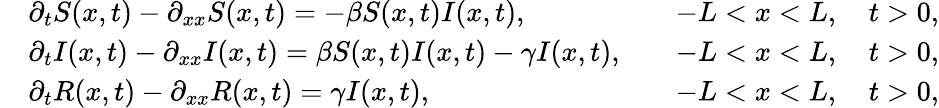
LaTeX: \begin{array}{rlr}&{\partial_{t}S(x,t)-\partial_{xx}S(x,t)=-\beta S(x,t)I(x,t),}&{\quad-L<x<L,\quad t>0,}\\ &{\partial_{t}I(x,t)-\partial_{xx}I(x,t)=\beta S(x,t)I(x,t)-\gamma I(x,t),}&{\quad-L<x<L,\quad t>0,}\\ &{\partial_{t}R(x,t)-\partial_{xx}R(x,t)=\gamma I(x,t),}&{\quad-L<x<L,\quad t>0,}\end{array}